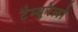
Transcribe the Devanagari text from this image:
टैम्बुरेलो